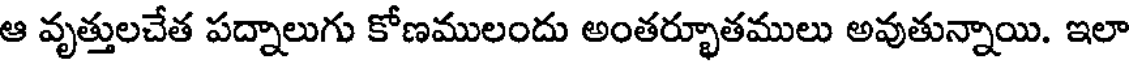
ఆ వృత్తులచేత పద్నాలుగు కోణములందు అంతర్భూతములు అవుతున్నాయి. ఇలా